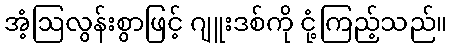
အံ့ဩလွန်းစွာဖြင့် ဂျူးဒစ်ကို ငုံ့ကြည့်သည်။